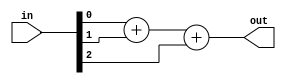
module top_module( 
    input [2:0] in,
    output [1:0] out );
    
    assign out = in[0] + in[1] + in[2]; // 3 bit input will auto carry on

endmodule